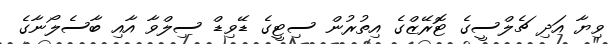
ވިޔާ އަދި ޗެލްސީގެ ޓޮރޭޒްގެ އިތުރުން ސިޓީގެ ޑޭވިޑް ސިލްވާ އާއި ބާސެލޯނާގެ